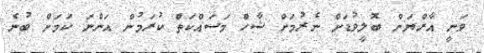
ވަނީ އާރްޔަން ބޮލީވުޑަށް ނެރުމަށް ޝާހް މަސައްކަތް ކުރަމުން އަންނަ ކަމަށް ބުނެ